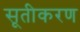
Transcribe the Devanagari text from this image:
सूतीकरण